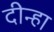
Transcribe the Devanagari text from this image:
दीन्हा